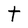
Character: t